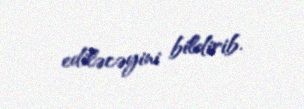
ediləcəyini bildirib.